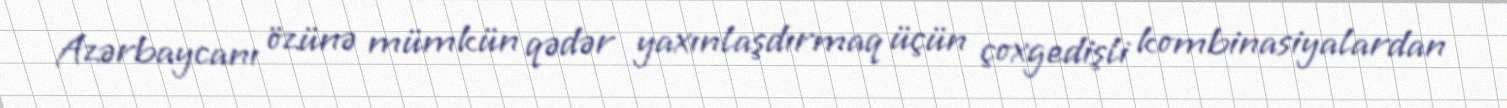
Azərbaycanı özünə mümkün qədər yaxınlaşdırmaq üçün çoxgedişli kombinasiyalardan